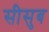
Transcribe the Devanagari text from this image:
सीसुब